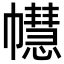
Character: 𢅫